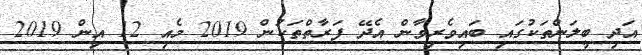
އަދި ބީލަންތަކުގައި ބައިވެރިވާން އެދޭ ފަރާތްތަކުން 2019 މެއި 12 އިން 2019